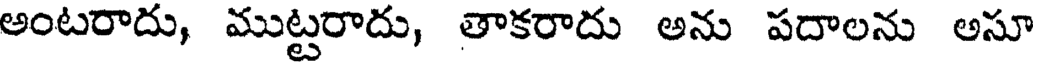
అంటరాదు, ముట్టరాదు, తాకరాదు అను పదాలను అసూ